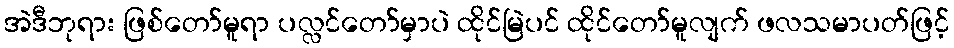
အဲဒီဘုရား ဖြစ်တော်မူရာ ပလ္လင်တော်မှာပဲ ထိုင်မြဲပင် ထိုင်တော်မူလျက် ဖလသမာပတ်ဖြင့်